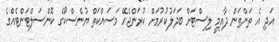
އަދި އެ ތަންތަން ދާއިމީ ލިސްޓަށް ބަދަލުކުރުމަށް ކުރަންޖެހޭ މަސައްކަތް ޔުނެސްކޯގެ ކޮންސަލްޓަންޓެއްގެ